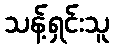
သန့်ရှင်းသူ